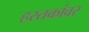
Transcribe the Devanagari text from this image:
हस्तकांवर